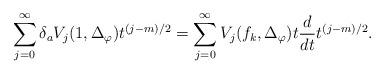
LaTeX: \begin{align*} \sum_{j=0}^\infty \delta_a V_j(1, \Delta_\varphi) t^{(j-m)/2}= \sum_{j=0}^\infty V_j(f_k, \Delta_\varphi) t \frac{d}{dt} t^{(j-m)/2} .\end{align*}